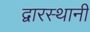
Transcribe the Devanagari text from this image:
द्वारस्थानी